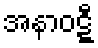
အနာဝဋ္ဋီ